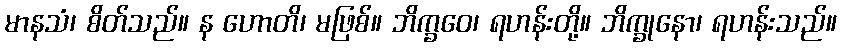
မာနသံ၊ စိတ်သည်။ န ဟောတိ၊ မဖြစ်။ ဘိက္ခဝေ၊ ရဟန်းတို့။ ဘိက္ခုနော၊ ရဟန်းသည်။